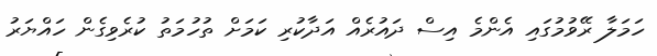
ހަމަލާ ރޭވުމުގައި އެންމެ އިސް ދައުރެއް އަދާކުރި ކަމަށް ތުހުމަތު ކުރެވިގެން ހައްޔަރު